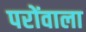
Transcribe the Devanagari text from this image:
परोंवाला